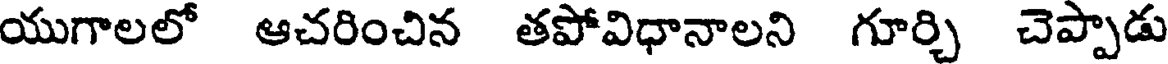
యుగాలలో ఆచరించిన తపోవిధానాలని గూర్చి చెప్పాడు